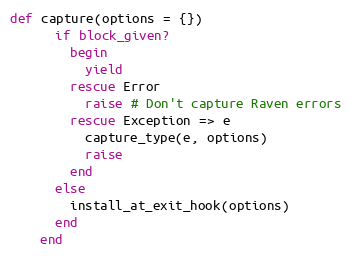
Language: Ruby
def capture(options = {})
      if block_given?
        begin
          yield
        rescue Error
          raise # Don't capture Raven errors
        rescue Exception => e
          capture_type(e, options)
          raise
        end
      else
        install_at_exit_hook(options)
      end
    end